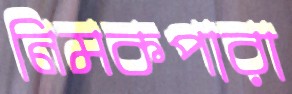
নিমকপারা